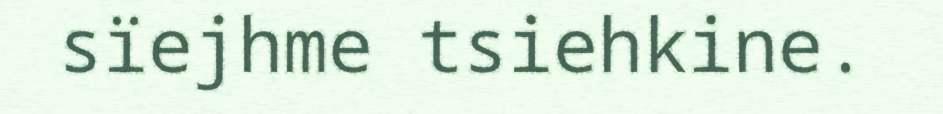
sïejhme tsiehkine.